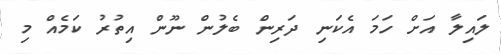
ލައިލާ އަށް ހަމަ އެކަނި ދަރިން ބެލުން ނޫން އިތުރު ކަމެއް މި